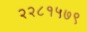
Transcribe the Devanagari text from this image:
२२८१५७९